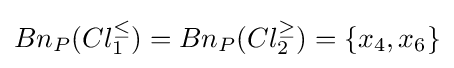
Bn_{P}(Cl_{1}^{\leq })=Bn_{P}(Cl_{2}^{\geq })=\{x_{4},x_{6}\}